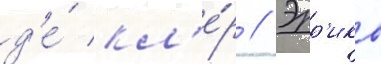
д'е́ кл'е́р // Эрр'ико